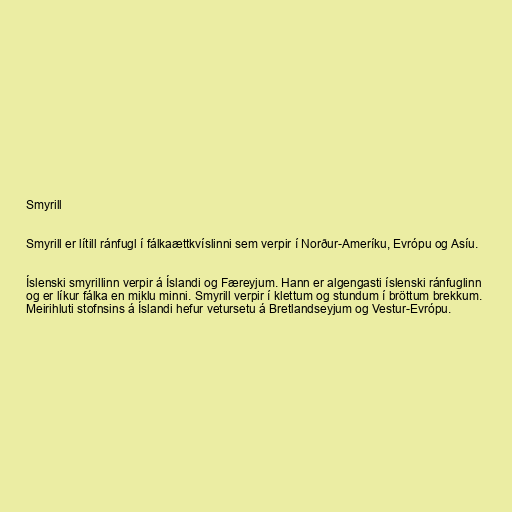
Smyrill

Smyrill er lítill ránfugl í fálkaættkvíslinni sem verpir í Norður-Ameríku, Evrópu og Asíu.

Íslenski smyrillinn verpir á Íslandi og Færeyjum. Hann er algengasti íslenski ránfuglinn
og er líkur fálka en miklu minni. Smyrill verpir í klettum og stundum í bröttum brekkum.
Meirihluti stofnsins á Íslandi hefur vetursetu á Bretlandseyjum og Vestur-Evrópu.